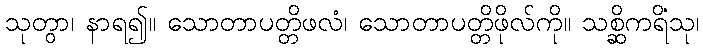
သုတွာ၊ နာရ၍။ သောတာပတ္တိဖလံ၊ သောတာပတ္တိဖိုလ်ကို။ သစ္ဆိကရိံသု၊